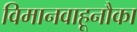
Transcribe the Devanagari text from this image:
विमानवाहूनौका